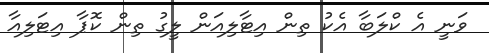
ވަނީ އެ ކްލަބާ އެކު ތިން އިޓާލިއަން ލީގު ތިން ކޮޕާ އިޓަލިއާ